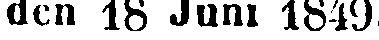
den 18 Juni 1849.